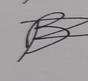
Signature authenticity: forged